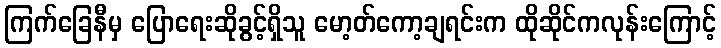
ကြက်ခြေနီမှ ပြောရေးဆိုခွင့်ရှိသူ မော့တ်ကော့ချရင်းက ထိုဆိုင်ကလုန်းကြောင့်